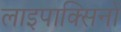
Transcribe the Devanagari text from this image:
लाइपाक्सिनों